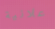
علانية